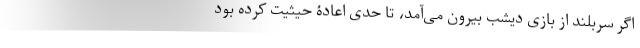
اگر سربلند از بازی دیشب بیرون می‌آمد، تا حدی اعادۀ حیثیت کرده بود